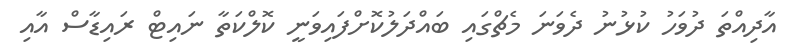
އާދިއްތަ ދުވަހު ކުޅުނު ދެވަނަ މެޗްގައި ބައްދަލުކޮށްފައިވަނީ ކޮލްކަތާ ނައިޓް ރައިޑާސް އާއި